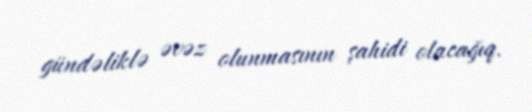
gündəliklə əvəz olunmasının şahidi olacağıq.